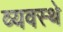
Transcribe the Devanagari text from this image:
व्यवस्थे